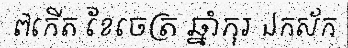
៧កើត ខែចេត្រ ឆ្នាំកុរ ឯកស័ក